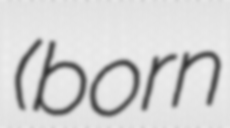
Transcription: (born